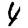
Digit: 4